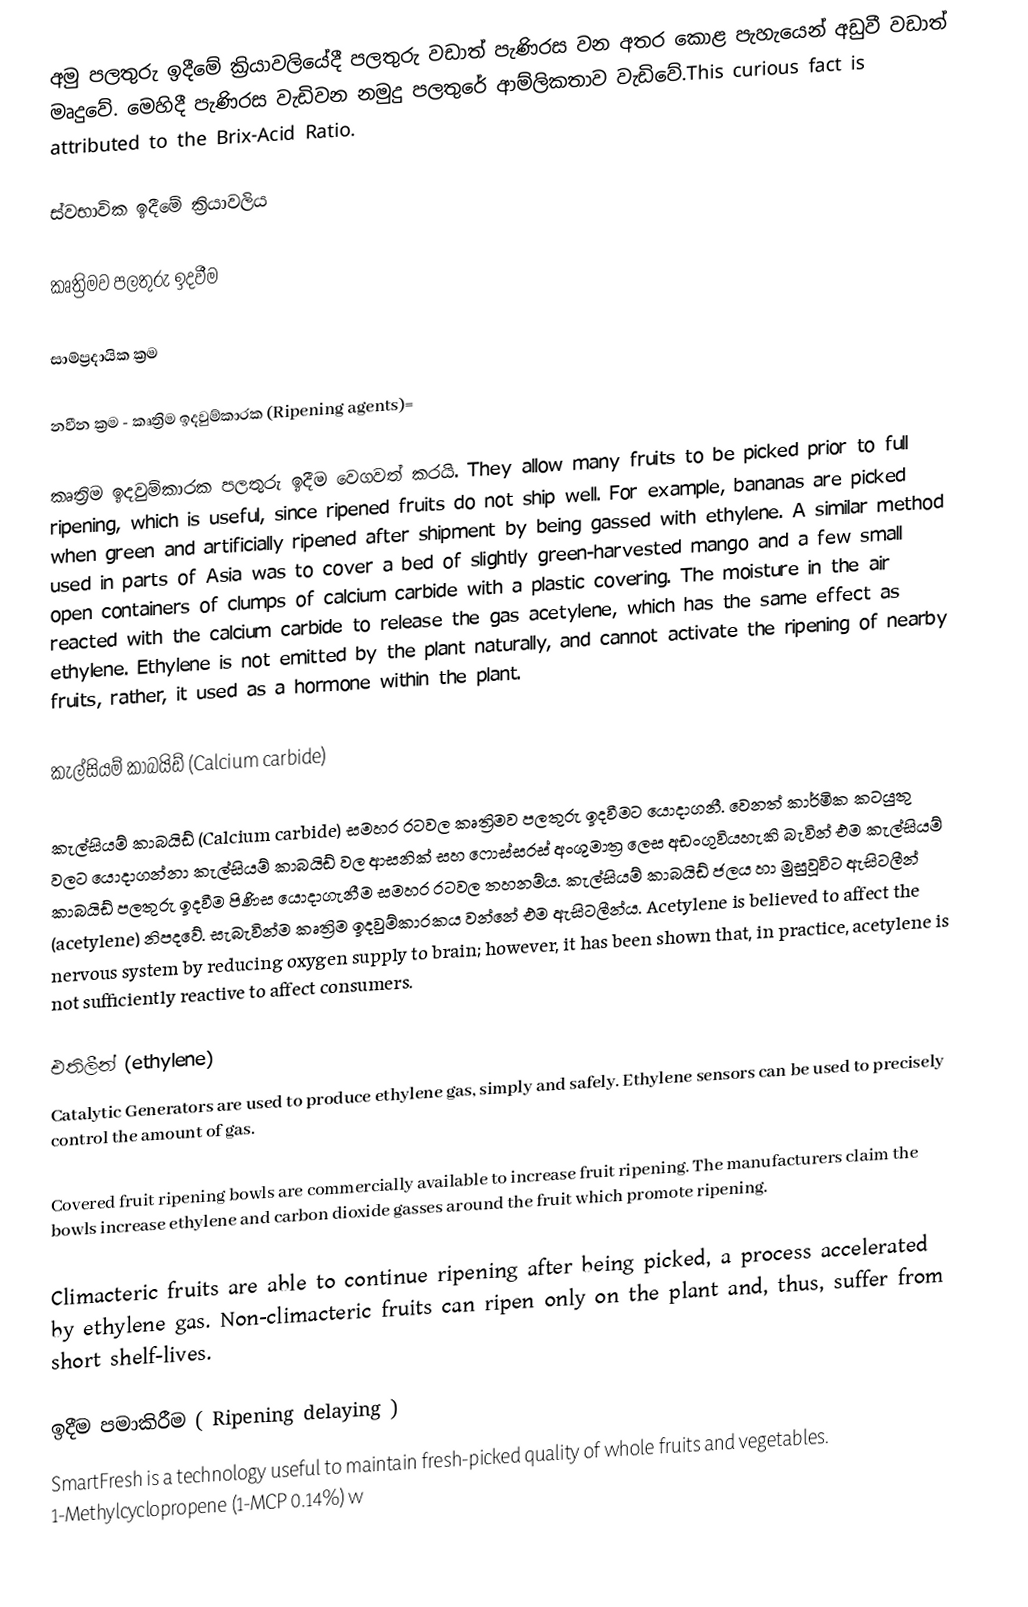
අමු පලතුරු ඉදීමේ ක්‍රියාවලියේදී  පලතුරු වඩාත් පැණිරස වන අතර කොළ පැහැයෙන් අඩුවී වඩාත් මෘදුවේ. මෙහිදී පැණිරස වැඩිවන නමුදු පලතුරේ ආම්ලිකතාව වැඩිවේ.This curious fact is attributed to the Brix-Acid Ratio.

ස්වභාවික ඉදීමේ ක්‍රියාවලිය

කෘත්‍රිමව පලතුරු ඉදවීම

සාම්ප්‍රදායික ක්‍රම

නවීන ක්‍රම - කෘත්‍රිම ඉදවුම්කාරක (Ripening agents)=

කෘත්‍රිම ඉදවුම්කාරක පලතුරු ඉදීම වෙගවත් කරයි. They allow many fruits to be picked prior to full ripening, which is useful, since ripened fruits do not ship well. For example, bananas are picked when green and artificially ripened after shipment by being gassed with ethylene. A similar method used in parts of Asia was to cover a bed of slightly green-harvested mango and a few small open containers of clumps of calcium carbide with a plastic covering. The moisture in the air reacted with the calcium carbide to release the gas acetylene, which has the same effect as ethylene. Ethylene is not emitted by the plant naturally, and cannot activate the ripening of nearby fruits, rather, it used as a hormone within the plant.

කැල්සියම් කාබයිඩ් (Calcium carbide)

කැල්සියම් කාබයිඩ් (Calcium carbide)  සමහර රටවල කෘත්‍රිමව පලතුරු ඉදවීමට යොදාගනී. වෙනත් කාර්මික කටයුතු වලට යොදාගන්නා කැල්සියම් කාබයිඩ් වල ආසනික් සහ ෆොස්සරස් අංශුමාත්‍ර ලෙස අඩංගුවියහැකි බැවින් එම  කැල්සියම් කාබයිඩ් පලතුරු ඉදවීම පිණිස යොදාගැනීම සමහර රටවල තහනම්ය. කැල්සියම් කාබයිඩ් ජලය හා මුසුවූවිට ඇසිටලීන් (acetylene) නිපදවේ. සැබැවින්ම  කෘත්‍රිම ඉදවුම්කාරකය වන්නේ එම ඇසිටලීන්ය. Acetylene is believed to affect the nervous system by reducing oxygen supply to brain; however, it has been shown that, in practice, acetylene is not sufficiently reactive to affect consumers.

එතිලීන් (ethylene)
Catalytic Generators are used to produce ethylene gas, simply and safely.  Ethylene sensors can be used to precisely control the amount of gas.

Covered fruit ripening bowls are commercially available to increase fruit ripening. The manufacturers claim the bowls increase ethylene and carbon dioxide gasses around the fruit which promote ripening.

Climacteric fruits are able to continue ripening after being picked, a process accelerated by ethylene gas. Non-climacteric fruits can ripen only on the plant and, thus, suffer from short shelf-lives.

ඉදීම පමාකිරීම ( Ripening delaying )
SmartFresh is a technology useful to maintain fresh-picked quality of whole fruits and vegetables. 1-Methylcyclopropene (1-MCP 0.14%) w